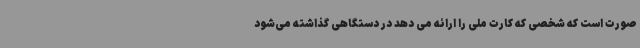
صورت است که شخصی که کارت ملی را ارائه می دهد در دستگاهی گذاشته می‌شود